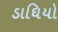
ડાઘિયો